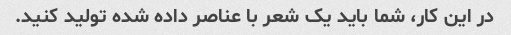
در این کار، شما باید یک شعر با عناصر داده شده تولید کنید.